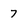
Character: 7